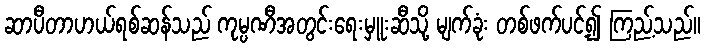
ဆာပီတာဟယ်ရစ်ဆန်သည် ကုမ္ပဏီအတွင်းရေးမှူးဆီသို့ မျက်ခုံး တစ်ဖက်ပင့်၍ ကြည့်သည်။